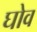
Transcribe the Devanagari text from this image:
घोव